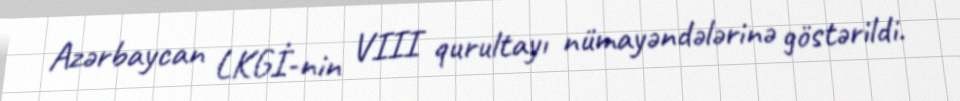
Azərbaycan LKGİ-nin VIII qurultayı nümayəndələrinə göstərildi.